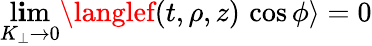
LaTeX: \operatorname*{l\mathbf{i}m}_{K_{\perp}\to0}\langlef(t,\rho,z)\, \cos\phi\rangle=0